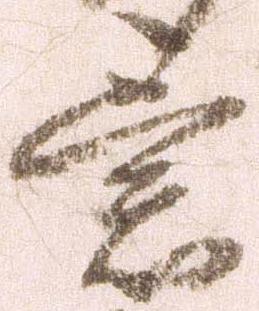
意